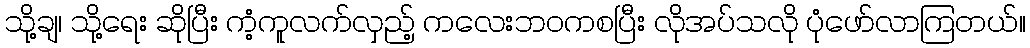
သို့ချ၊ သို့ရေး ဆိုပြီး ကံ့ကူလက်လှည့် ကလေးဘဝကစပြီး လိုအပ်သလို ပုံဖော်လာကြတယ်။